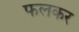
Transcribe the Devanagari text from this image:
फलकर